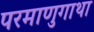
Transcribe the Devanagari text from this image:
परमाणुगाथा